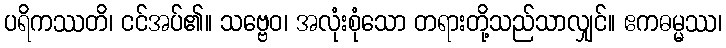
ပရိကဿတိ၊ ငင်အပ်၏။ သဗ္ဗေဝ၊ အလုံးစုံသော တရားတို့သည်သာလျှင်။ ဧကဓမ္မဿ၊